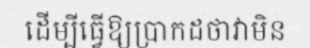
ដើម្បីធ្វើឱ្យប្រាកដថាវាមិន